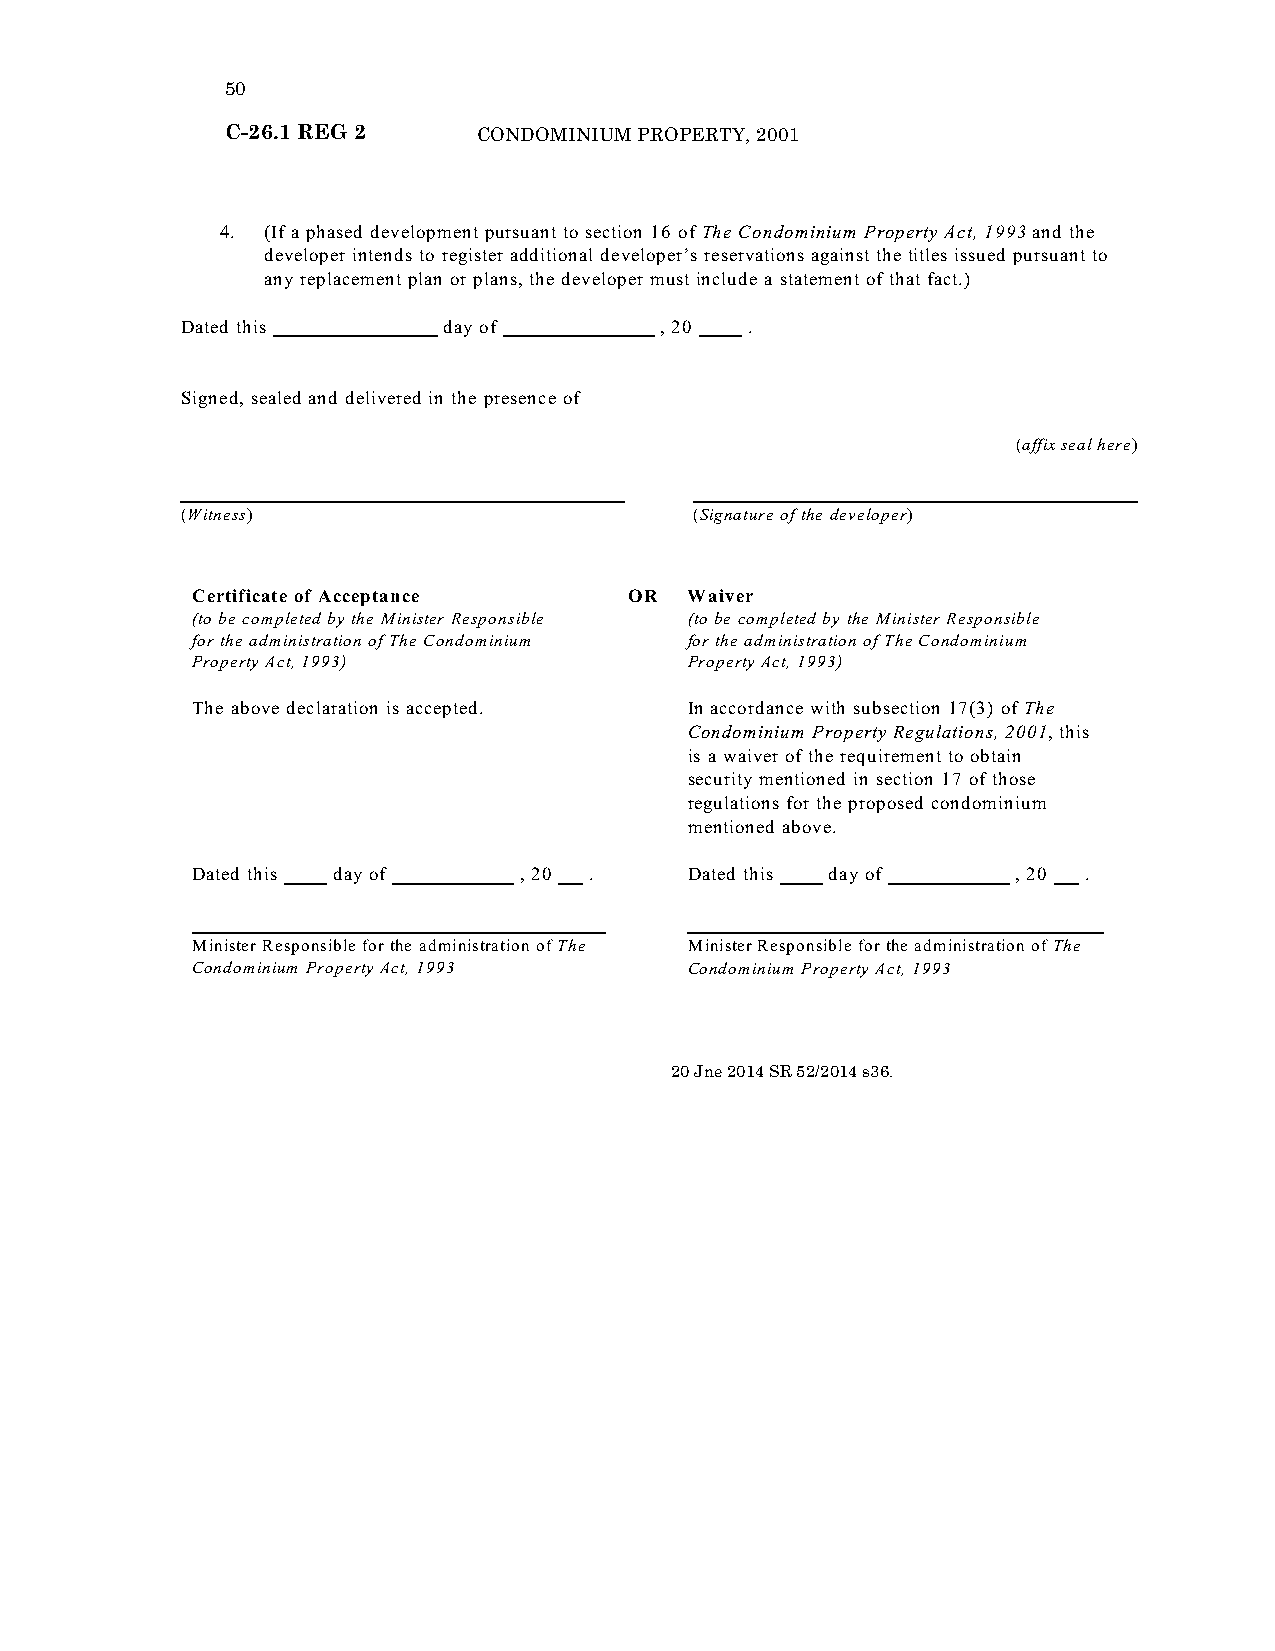
50
 C-26.1 REG 2     CONDOMINIUM PROPERTY, 2001
 4. (If a phased development pursuant to section 16 of The Condominium Property Act, 1993 and the
 developer intends to register additional developer’s reservations against the titles issued pursuant to
 any replacement plan or plans, the developer must include a statement of that fact.)
 Dated this       day of         , 20  .
 Signed, sealed and delivered in the presence of
 (affix seal here)
 (Witness)                         (Signature of the developer)
 Certificate of Acceptance    OR  Waiver
 (to be completed by the Minister Responsible (to be completed by the Minister Responsible
 for the administration of The Condominium for the administration of The Condominium
 Property Act, 1993)              Property Act, 1993)
 The above declaration is accepted. In accordance with subsection 17(3) of The
 Condominium Property Regulations, 2001, this
 is a waiver of the requirement to obtain
 security mentioned in section 17 of those
 regulations for the proposed condominium
 mentioned above.
 Dated this day of    , 20 .      Dated this day of    , 20 .
 Minister Responsible for the administration of The Minister Responsible for the administration of The
 Condominium Property Act, 1993   Condominium Property Act, 1993”.
 20 Jne 2014 SR 52/2014 s36.